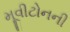
મૂવીટોનની